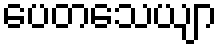
ပေတသေယျာ